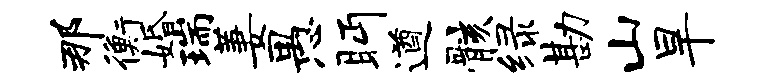
那衡婚瑞萋愚眄遒骸绿勘山旱